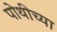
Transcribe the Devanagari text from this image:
पोथीच्या